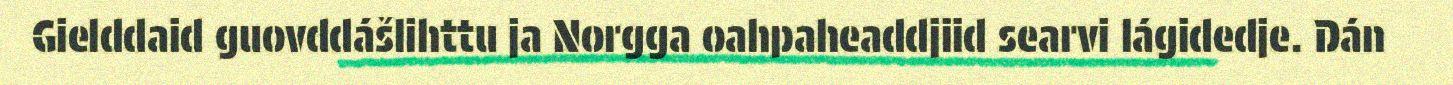
Gielddaid guovddášlihttu ja Norgga oahpaheaddjiid searvi lágidedje. Dán